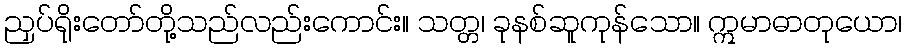
ညှပ်ရိုးတော်တို့သည်လည်းကောင်း။ သတ္တ၊ ခုနစ်ဆူကုန်သော။ ဣမာဓာတုယော၊